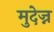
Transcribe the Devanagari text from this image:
मुदेज्न